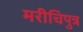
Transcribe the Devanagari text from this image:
मरीचिपुत्र